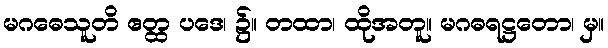
မဂဓေသူတိ ဧတ္ထ ပဒေ၊ ၌။ တထာ၊ ထိုအတူ။ မဂဓရဋ္ဌတော၊ မှ။